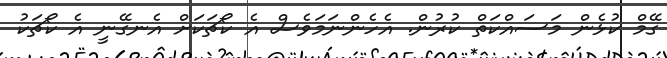
ގޭމް ކުޅެން މަސައްކަތް ކުރުން. އެހެންނަމަވެސް އެ ކޯޗަކަށް އެނގޭނީ އެ ކޯޗަކު